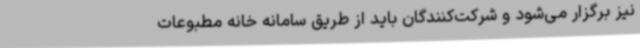
نیز برگزار می‌شود و شرکت‌کنندگان باید از طریق سامانه خانه مطبوعات